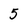
Character: 5